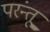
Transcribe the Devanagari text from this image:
परंन्तू